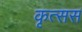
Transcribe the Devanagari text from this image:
कृत्सस